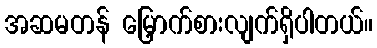
အဆမတန် မြှောက်စားလျက်ရှိပါတယ်။